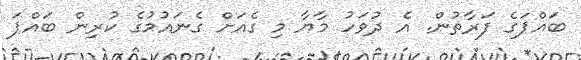
ބައްޕަގެ ފަރާތުން. އެ ދުވަހު މާޔާ މި ގެއަށް ގެނައުމުގެ ކުރިން ބައްޕަ